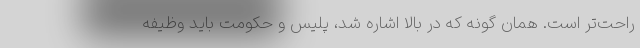
راحت‌تر است. همان گونه که در بالا اشاره شد، پلیس و حکومت باید وظیفه